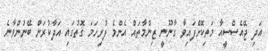
އަދި ޖޭއެސްސީއާ މަތިކޮށްފައިވާ ގާނޫނީ ޒިންމާތައް އެންމެ ފުރިހަމަ ގޮތުގައި އަދާކުރަން ބޭނުންވާނެ